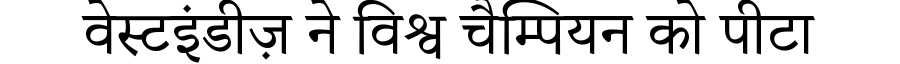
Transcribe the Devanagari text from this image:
वेस्टइंडीज़ ने विश्व चैम्पियन को पीटा